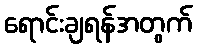
ရောင်းချရန်အတွက်